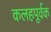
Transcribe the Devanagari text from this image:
कलहपूर्वक